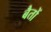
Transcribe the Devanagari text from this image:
बैतों